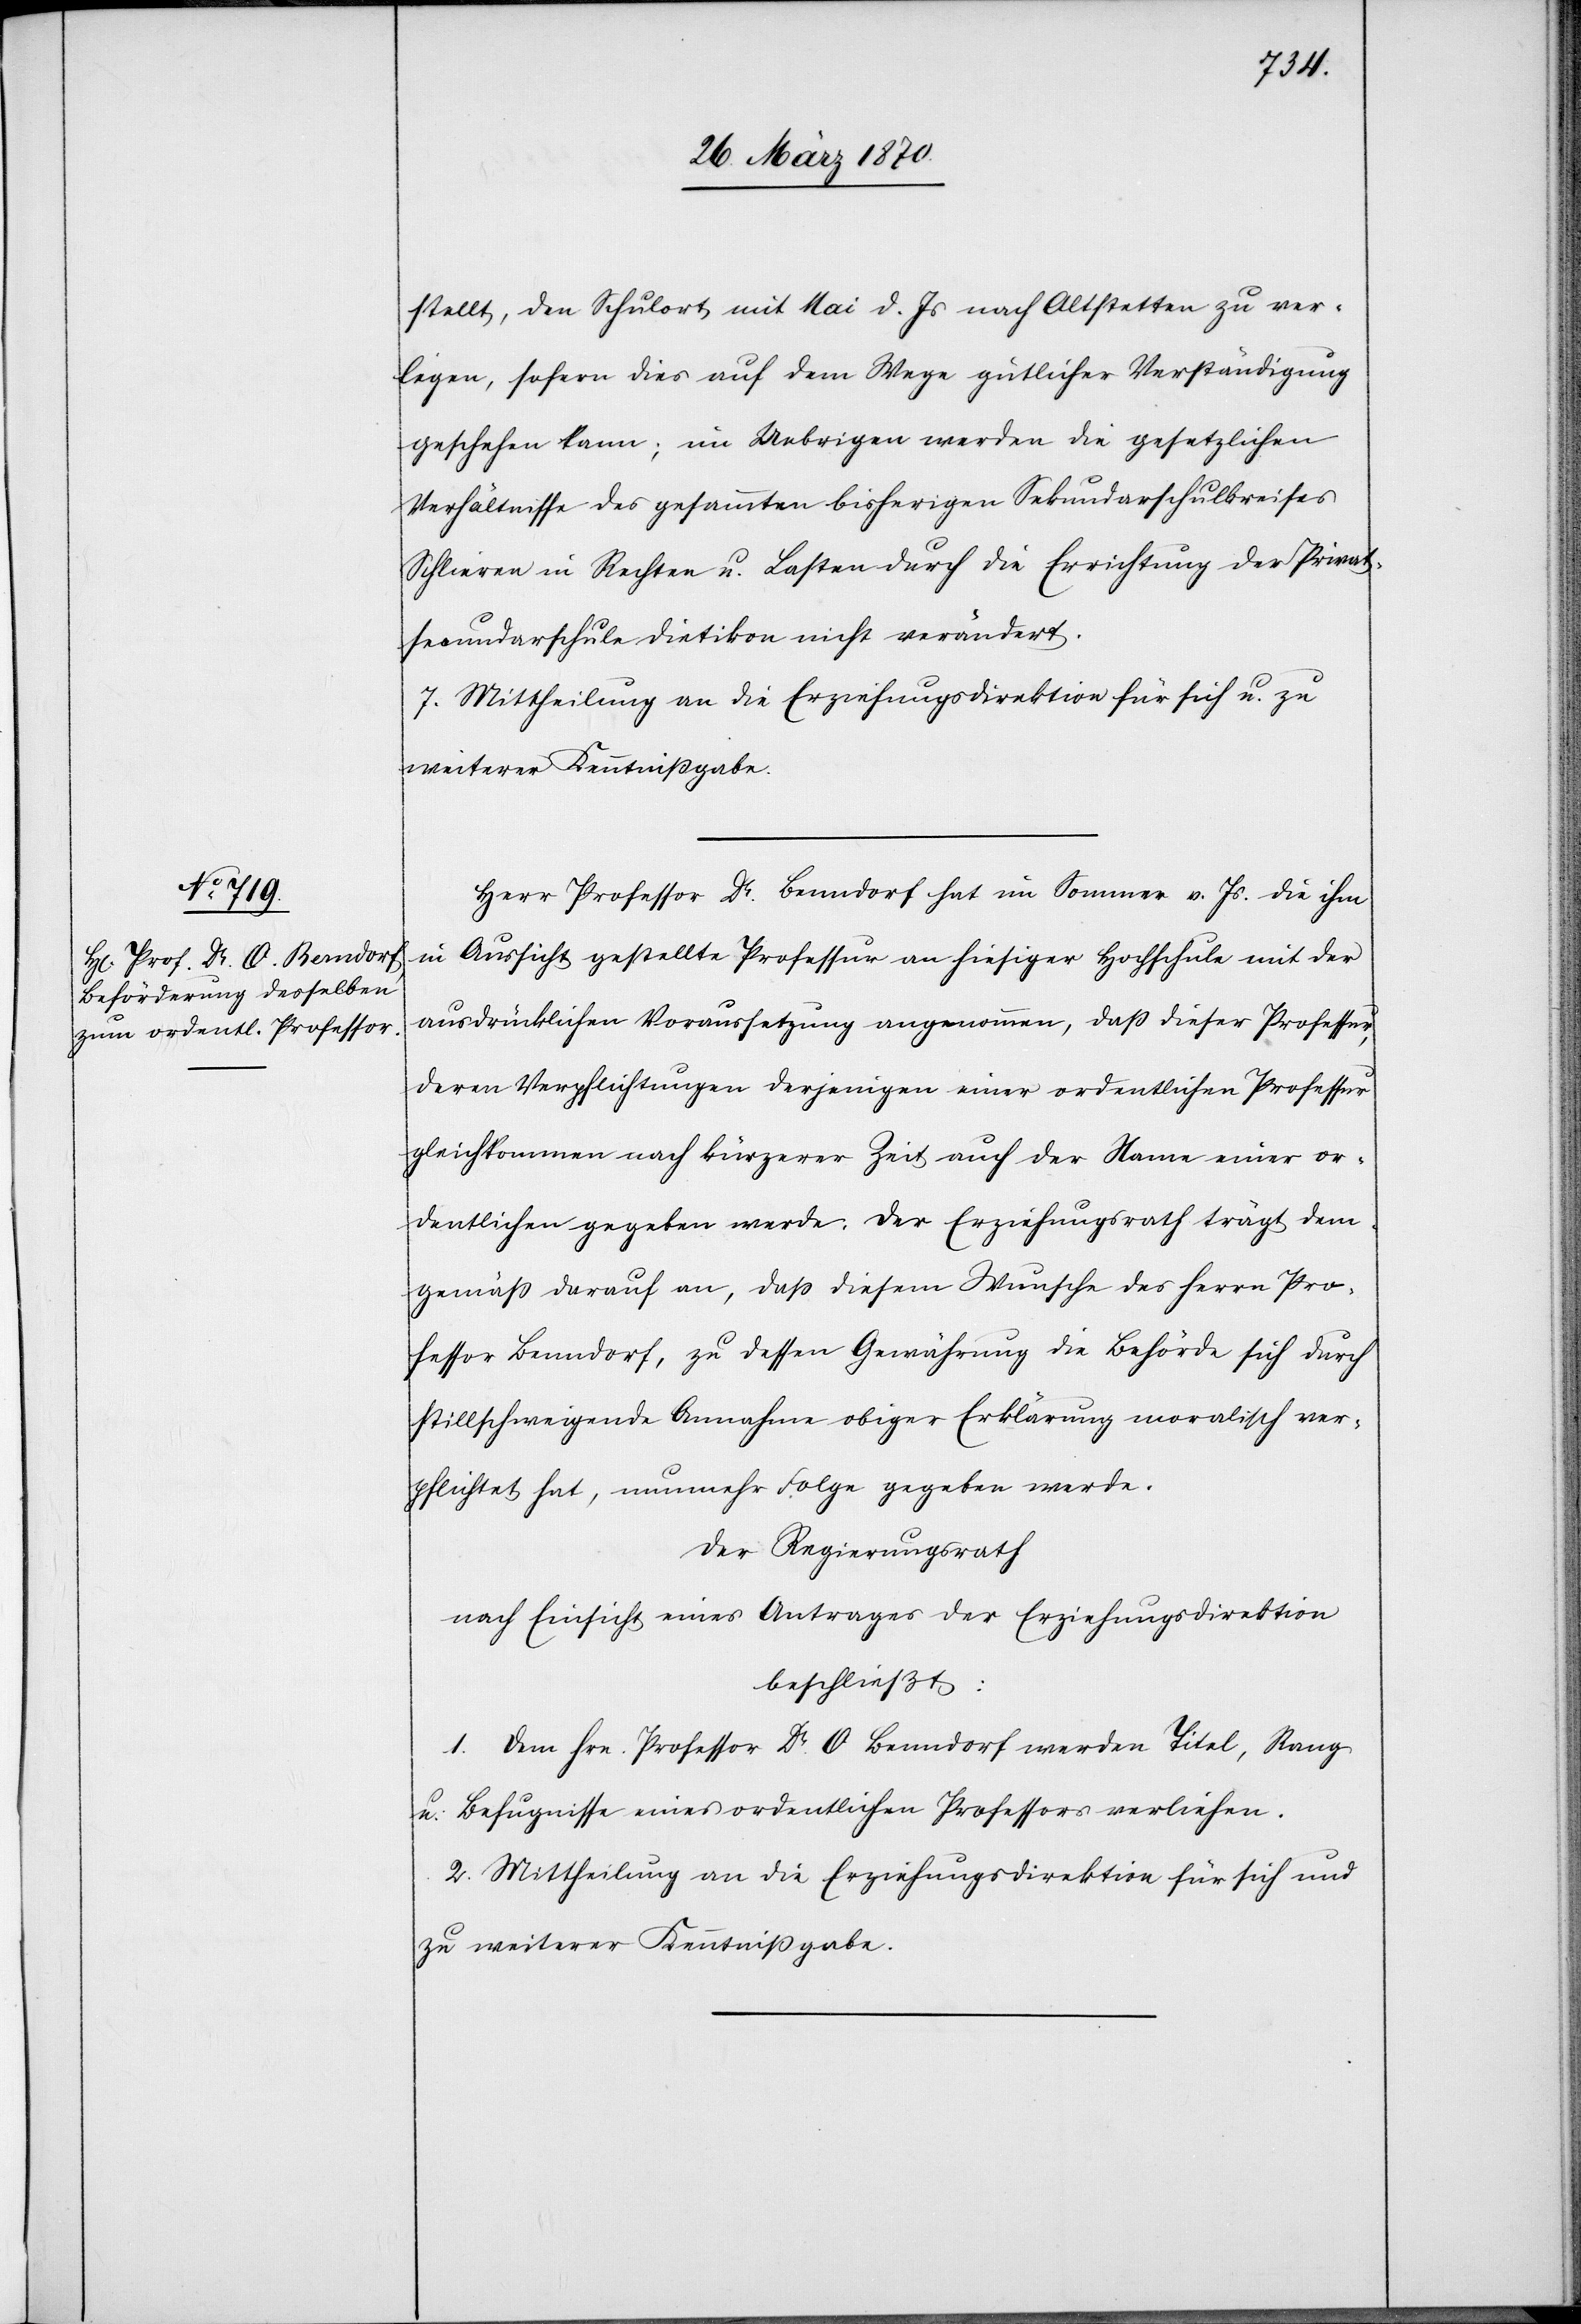
gestellt, den Schulort mit Mai d. Js nach Altstetten zu ver¬
legen, sofern dies auf dem Wege gütlicher Verständigung
geschehen kann; im Uebrigen werden die gesetzlichen
Verhältnisse des gesammen bisherigen Sekundarschulkreises
Schlieren in Rechten u. Lasten durch die Errichtung der Privat¬
secundarschule Dietikon nicht verändert.
7. Mittheilung an die Erziehungsdirektion für sich u. zu
weiterer Kenntnißgabe.
Herr Professor Dr. Benndorf hat im Sommer v. Js. die ihm
in Aussicht gestellte Professur an hiesiger Hochschule mit der
ausdrücklichen Voraussetzung angenommen, daß dieser Professur,
deren Verpflichtungen derjenigen einer ordentlichen Professur
gleichkommen nach kürzerer Zeit auch der Name einer or¬
dentlichen gegeben werde. Der Erziehungsrath trägt dem¬
gemäß darauf an, daß diesem Wunsche des Herrn Pro¬
fessor Benndorf, zu dessen Gewährung die Behörde sich durch
stillschweigende Annahme obiger Erklärung moralisch ver¬
pflichtet hat, nunmehr Folge gegeben werde.
Der Regierungsrath
nach Einsicht eines Antrages der Erziehungsdirektion
beschließt:
1. Dem Hrn. Professor Dr. O. Benndorf werden Titel, Rang
u. Befugnisse eines ordentlichen Professors verliehen.
2. Mittheilung an die Erziehungsdirektion für sich und
zu weiterer Kenntnißgabe.